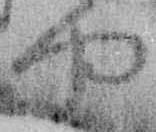
や